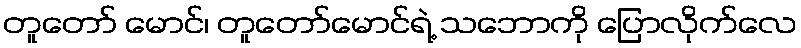
တူတော် မောင်၊ တူတော်မောင်ရဲ့ သဘောကို ပြောလိုက်လေ